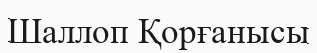
Шаллоп Қорғанысы